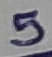
Text: 5